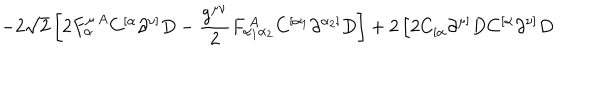
\left. - 2 \sqrt { 2 } \left[ 2 F _ { \alpha } ^ { \mu \, A } C ^ { [ \alpha } \partial ^ { \nu ] } D - \frac { g ^ { \mu \nu } } { 2 } F _ { \alpha _ { 1 } \alpha _ { 2 } } ^ { \, A } C ^ { [ \alpha _ { 1 } } \partial ^ { \alpha _ { 2 } ] } D \right] + 2 \left[ 2 C _ { [ \alpha } \partial ^ { \mu ] } D C ^ { [ \alpha } \partial ^ { \nu ] } D \right. \right.